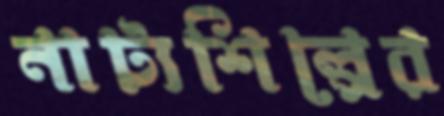
নাট্যশিল্পের